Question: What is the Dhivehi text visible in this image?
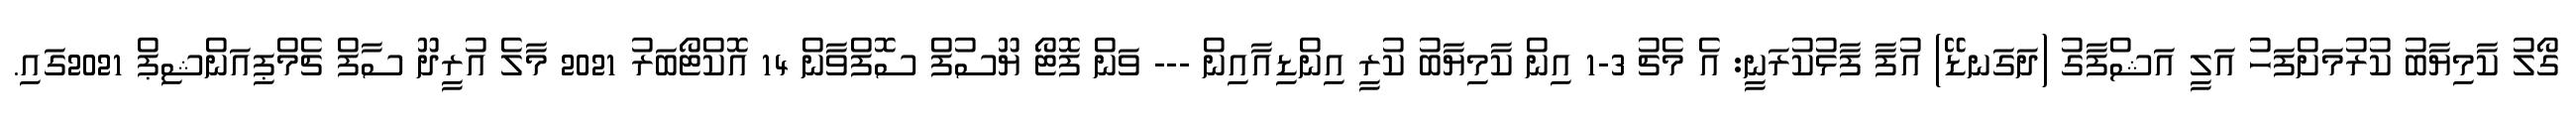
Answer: ގޯލު ކާމިޔާބު ކުރުމަށްފަހު އަލީ އަޝްފާގު (ދަގަނޑޭ) އުފާ ފާޅުކުރަނީ: އެ މެޗު 3-1 އިން ކާމިޔާބު ކުރީ އިންޑިއާއިން --- ވަން ފޮޓޯ ޔޫސުފް ސޮފްވާން 14 އޮކްޓޯބަރު 2021 މާލެ އުރީދޫ ސާފް ޗެމްޕިއަންޝިޕް 2021ގައި.